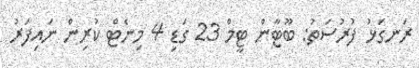
ރަނގަޅު ފުރުސަތު: ބޫޓާން ޓީމް 23 ގަޑި 4 މިނެޓް ކުރިން ނައިފަރު